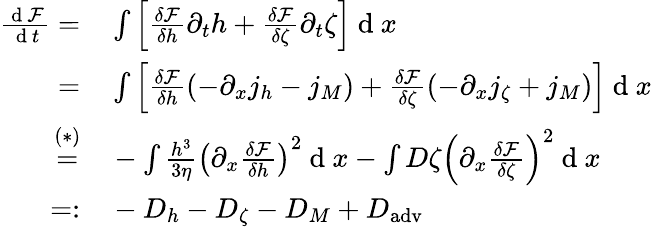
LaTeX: \begin{array}{rl}{\frac{\mathrm{~d~}\mathcal{F}}{\mathrm{~d~}t}=}&{{}\int\left[\frac{\delta\mathcal{F}}{\delta h}\partial_{t}h+\frac{\delta\mathcal{F}}{\delta\zeta}\partial_{t}\zeta\right]\mathrm{~d~}x}\\ {=}&{{}\int\left[\frac{\delta\mathcal{F}}{\delta h}\left(-\partial_{x}j_{h}-j_{M}\right)+\frac{\delta\mathcal{F}}{\delta\zeta}\left(-\partial_{x}j_{\zeta}+j_{M}\right)\right]\mathrm{~d~}x}\\ {\overset{(*)}{=}}&{{}-\int\frac{h^{3}}{3\eta}\left(\partial_{x}\frac{\delta\mathcal{F}}{\delta h}\right)^{2}\mathrm{~d~}x-\int D\zeta\left(\partial_{x}\frac{\delta\mathcal{F}}{\delta\zeta}\right)^{2}\mathrm{~d~}x}\\ {=:}&{{}-D_{h}-D_{\zeta}-D_{M}+D_{\mathrm{adv}}\, }\end{array}